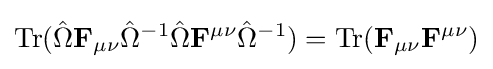
\operatorname {Tr} ({\hat {\Omega }}\mathbf {F} _{\mu \nu }{\hat {\Omega }}^{-1}{\hat {\Omega }}\mathbf {F} ^{\mu \nu }{\hat {\Omega }}^{-1})=\operatorname {Tr} (\mathbf {F} _{\mu \nu }\mathbf {F} ^{\mu \nu })